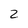
Character: 2